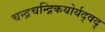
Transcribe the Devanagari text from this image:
चन्द्रचन्द्रिकयोर्यद्वद्